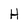
Character: H